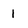
Character: 1